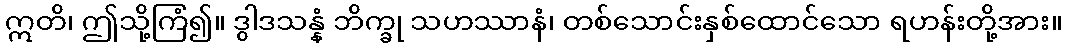
ဣတိ၊ ဤသို့ကြံ၍။ ဒွါဒသန္နံ ဘိက္ခု သဟဿာနံ၊ တစ်သောင်းနှစ်ထောင်သော ရဟန်းတို့အား။